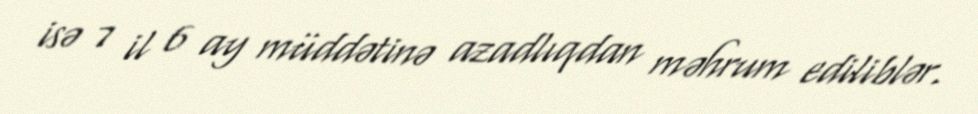
isə 7 il 6 ay müddətinə azadlıqdan məhrum ediliblər.